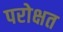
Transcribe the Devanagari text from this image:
परोक्षत